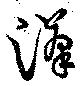
漢